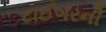
ટાઈગરની